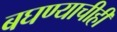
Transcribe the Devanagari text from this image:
बघण्याचीही